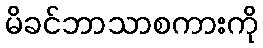
မိခင်ဘာသာစကားကို